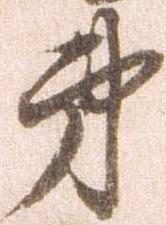
弟